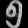
Digit: ၅